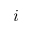
i